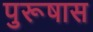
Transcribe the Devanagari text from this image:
पुरूषास